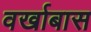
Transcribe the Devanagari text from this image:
वर्खाबास